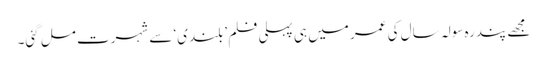
مجھے پندرہ سولہ سال کی عمر میں ہی پہلی فلم ’بلندی‘ سے شہرت مل گئی۔